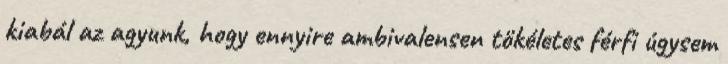
kiabál az agyunk, hogy ennyire ambivalensen tökéletes férfi úgysem